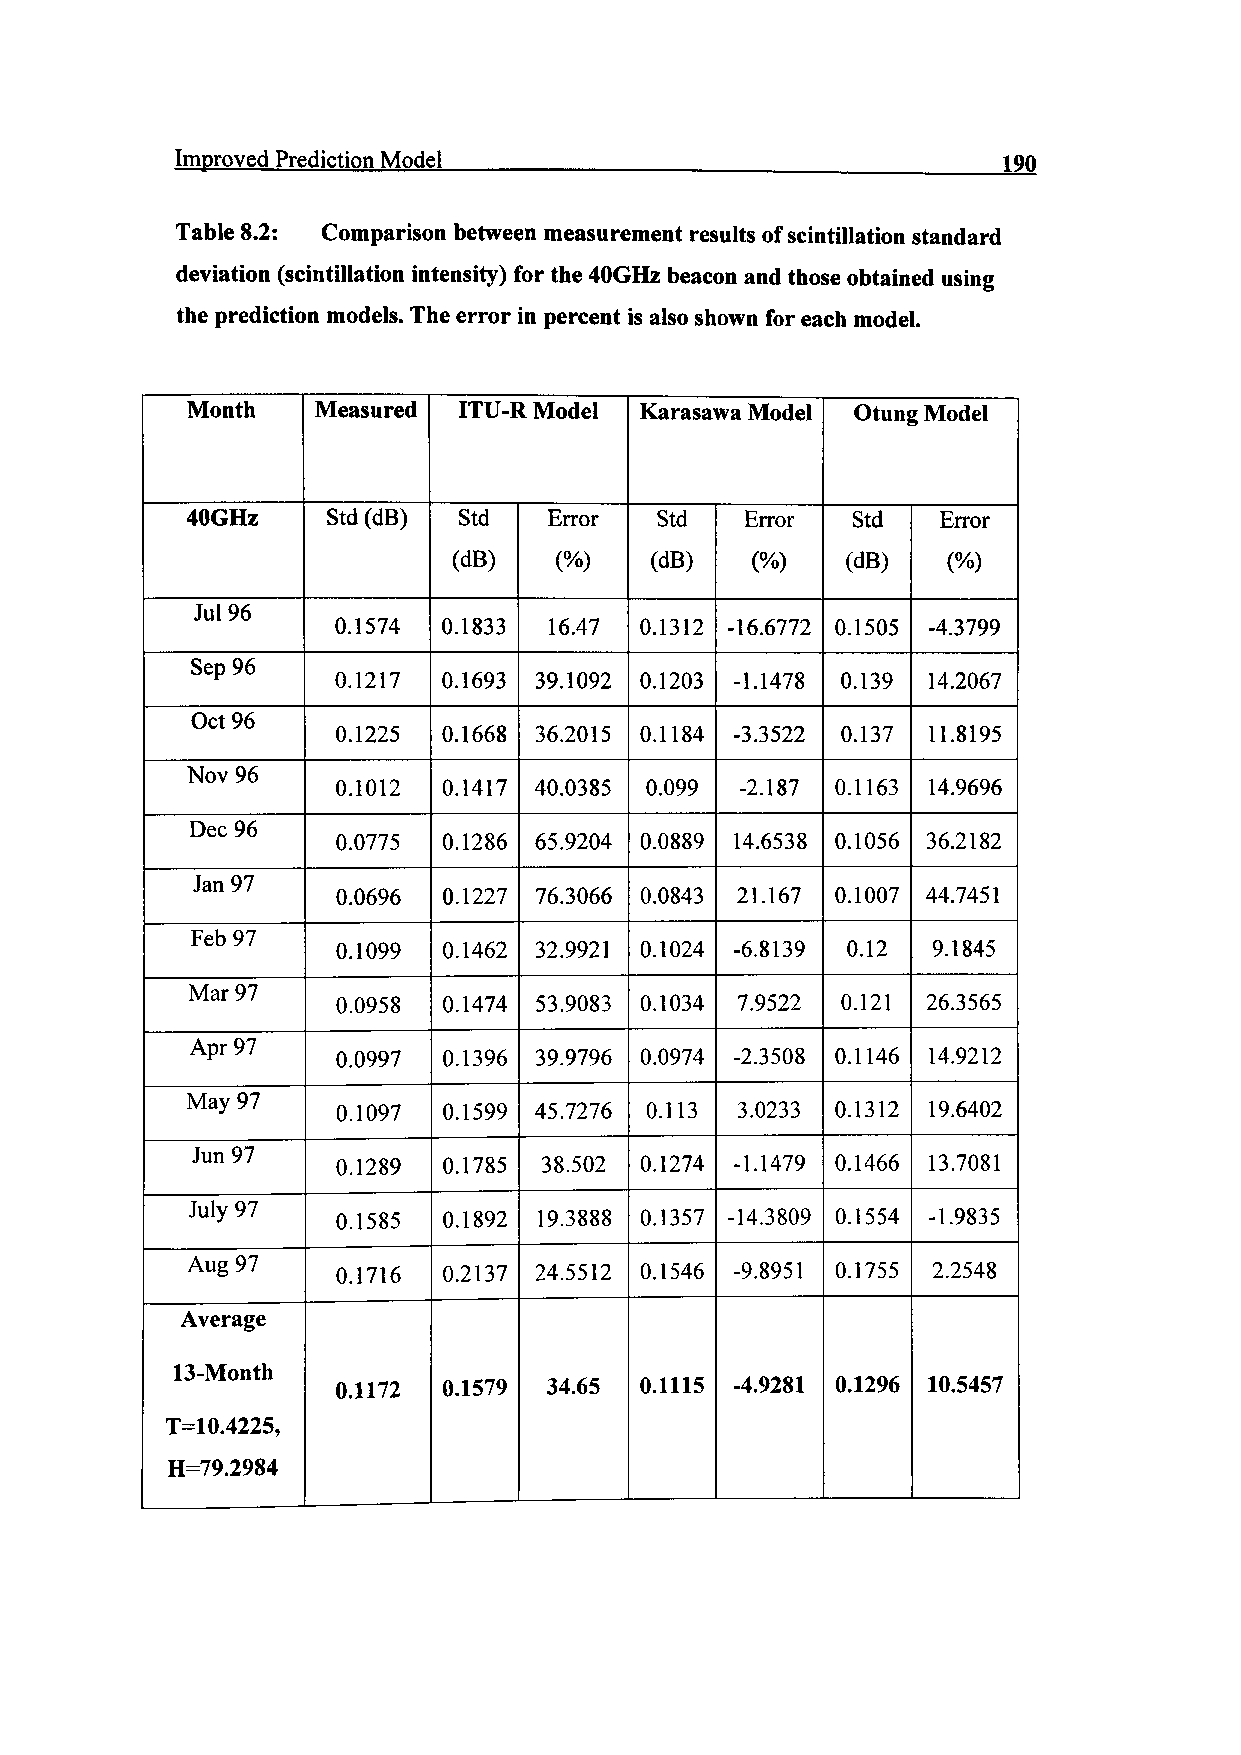
Improved Prediction Model                             190
 Table 8.2: Comparison between measurement results of scintillation standard
 deviation (scintillation intensity) for the 40GHz beacon and those obtained using
 the prediction models. The error in percent is also shown for each model.
 Month    Measured ITU-R Model Karasawa Model Otung Model
 40GHz     Std (dB) Std  Error  Std   Error  Std   Error
 (dB)   (%)   (dB)   (%)   (dB)   (%)
 Jul96
 0.1574 0.1833 16.47 0.1312 -16.6772 0.1505 -4.3799
 Sep96
 0.1217 0.1693 39.1092 0.1203 -1.1478 0.139 14.2067
 Oct96
 0.1225 0.1668 36.2015 0.1184 -3.3522 0.137 11.8195
 Nov96
 0.1012 0.1417 40.0385 0.099 -2.187 0.1163 14.9696
 Dec 96
 0.0775 0.1286 65.9204 0.0889 14.6538 0.1056 36.2182
 Jan 97
 0.0696 0.1227 76.3066 0.0843 21.167 0.1007 44.7451
 Feb97
 0.1099 0.1462 32.9921 0.1024 -6.8139 0.12 9.1845
 Mar 97
 0.0958 0.1474 53.9083 0.1034 7.9522 0.121 26.3565
 Apr 97
 0.0997 0.1396 39.9796 0.0974 -2.3508 0.1146 14.9212
 May 97
 0.1097 0.1599 45.7276 0.113 3.0233 0.1312 19.6402
 Jun97
 0.1289 0.1785 38.502 0.1274 -1.1479 0.1466 13.7081
 July 97
 0.1585 0.1892 19.3888 0.1357 -14.3809 0.1554 -1.9835
 Aug97     0.1716 0.2137 24.5512 0.1546 -9.8951 0.1755 2.2548
 Average
 13-Month
 0.1172 0.1579 34.65 0.1115 -4.9281 0.1296 10.5457
 T=10.4225,
 H=79.2984